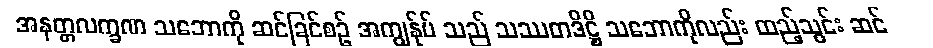
အနတ္တလက္ခဏ သဘောကို ဆင်ခြင်စဉ် အကျွန်ုပ် သည် သဿတဒိဋ္ဌိ သဘောကိုလည်း ထည့်သွင်း ဆင်